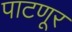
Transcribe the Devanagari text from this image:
पाटणूर